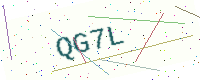
Text: QG7L